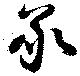
承